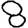
Digit: 8